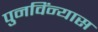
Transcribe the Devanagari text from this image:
पुनविंन्यास